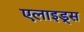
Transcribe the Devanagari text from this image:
एलाइड्स